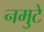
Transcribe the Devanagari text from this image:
नमुटे